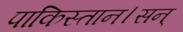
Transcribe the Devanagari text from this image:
पाकिस्तान।सन्